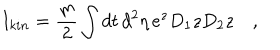
I _ { k i n } = { \frac { m } { 2 } } \int d t \, d ^ { 2 } \eta \, e ^ { z } D _ { 1 } z D _ { 2 } z \quad ,